Scottish Certificate of Education, 1962
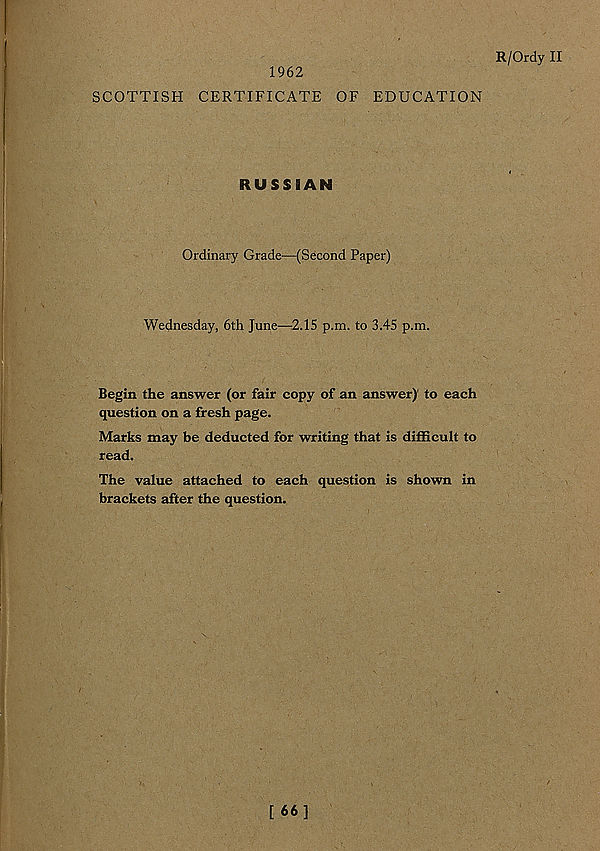
1962
R/Ordy II
SCOTTISH CERTIFICATE OF EDUCATION
RUSSIAN
Ordinary Grade—(Second Paper)
Wednesday, 6th June—2.15 p.m. to 3.45 p.m.
Begin the answer (or fair copy of an answer) to each
question on a fresh page.
Marks may be deducted for writing that is difficult to
read.
The value attached to each question is shown in
brackets after the question.
(
\
[ 66]